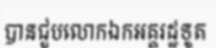
បានជួបលោកឯកអគ្គរដ្ឋទូត